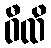
ဝီထိ